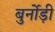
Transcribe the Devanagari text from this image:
बुर्नोड़ी